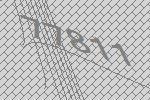
77811